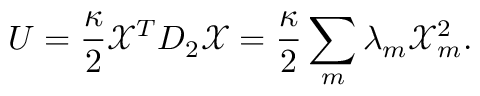
U = \frac { \kappa } { 2 } \mathcal { X } ^ { T } D _ { 2 } \mathcal { X } = \frac { \kappa } { 2 } \sum _ { m } { \lambda } _ { m } \mathcal { X } _ { m } ^ { 2 } .